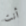
أنت